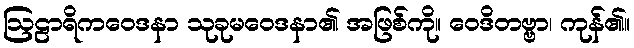
ဩဠာရိကဝေဒနာ သုခုမဝေဒနာ၏ အဖြစ်ကို။ ဝေဒိတဗ္ဗာ၊ ကုန်၏။